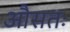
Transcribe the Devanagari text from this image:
औसतः